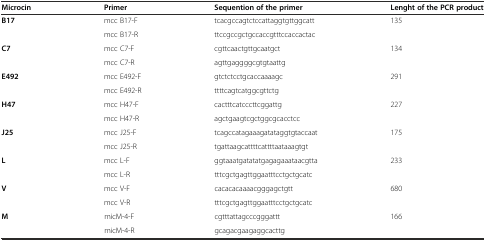
| Microcin | Primer | Sequention of the primer | Lenght of the PCR product |
 | --- | --- | --- | --- |
 | <ROWSPAN=2> B17 | mcc B17-F | tcacgccagtctccattaggtgttggcatt | <ROWSPAN=2> 135 |
 | mcc B17-R | ttccgccgctgccaccgtttccaccactac |
 | <ROWSPAN=2> C7 | mcc C7-F | cgttcaactgttgcaatgct | <ROWSPAN=2> 134 |
 | mcc C7-R | agttgaggggcgtgtaattg |
 | <ROWSPAN=2> E492 | mcc E492-F | gtctctcctgcaccaaaagc | <ROWSPAN=2> 291 |
 | mcc E492-R | ttttcagtcatggcgttctg |
 | <ROWSPAN=2> H47 | mcc H47-F | cactttcatcccttcggattg | <ROWSPAN=2> 227 |
 | mcc H47-R | agctgaagtcgctggcgcacctcc |
 | <ROWSPAN=2> J25 | mcc J25-F | tcagccatagaaagatataggtgtaccaat | <ROWSPAN=2> 175 |
 | mcc J25-R | tgattaagcattttcattttaataaagtgt |
 | <ROWSPAN=2> L | mcc L-F | ggtaaatgatatatgagagaaataacgtta | <ROWSPAN=2> 233 |
 | mcc L-R | tttcgctgagttggaatttcctgctgcatc |
 | <ROWSPAN=2> V | mcc V-F | cacacacaaaacgggagctgtt | <ROWSPAN=2> 680 |
 | mcc V-R | tttcgctgagttggaatttcctgctgcatc |
 | <ROWSPAN=2> M | micM-4-F | cgtttattagcccgggattt | <ROWSPAN=2> 166 |
 | micM-4-R | gcagacgaagaggcacttg |